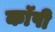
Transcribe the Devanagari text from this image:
काॅपी